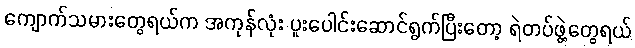
ကျောက်သမားတွေရယ်က အကုန်လုံး ပူးပေါင်းဆောင်ရွက်ပြီးတော့ ရဲတပ်ဖွဲ့တွေရယ်